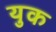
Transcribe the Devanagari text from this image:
युक